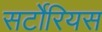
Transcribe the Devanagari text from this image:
सर्टोरियस